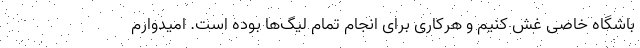
باشگاه خاصی غش کنیم و هرکاری برای انجام تمام لیگ‌ها بوده است. امیدوارم